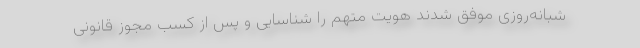
شبانه‌روزی موفق شدند هویت متهم را شناسایی و پس از کسب مجوز قانونی